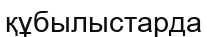
құбылыстарда